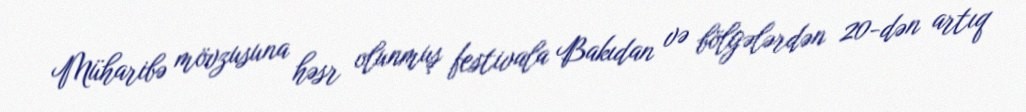
Müharibə mövzusuna həsr olunmuş festivala Bakıdan və bölgələrdən 20-dən artıq